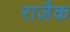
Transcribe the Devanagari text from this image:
राज़ैक